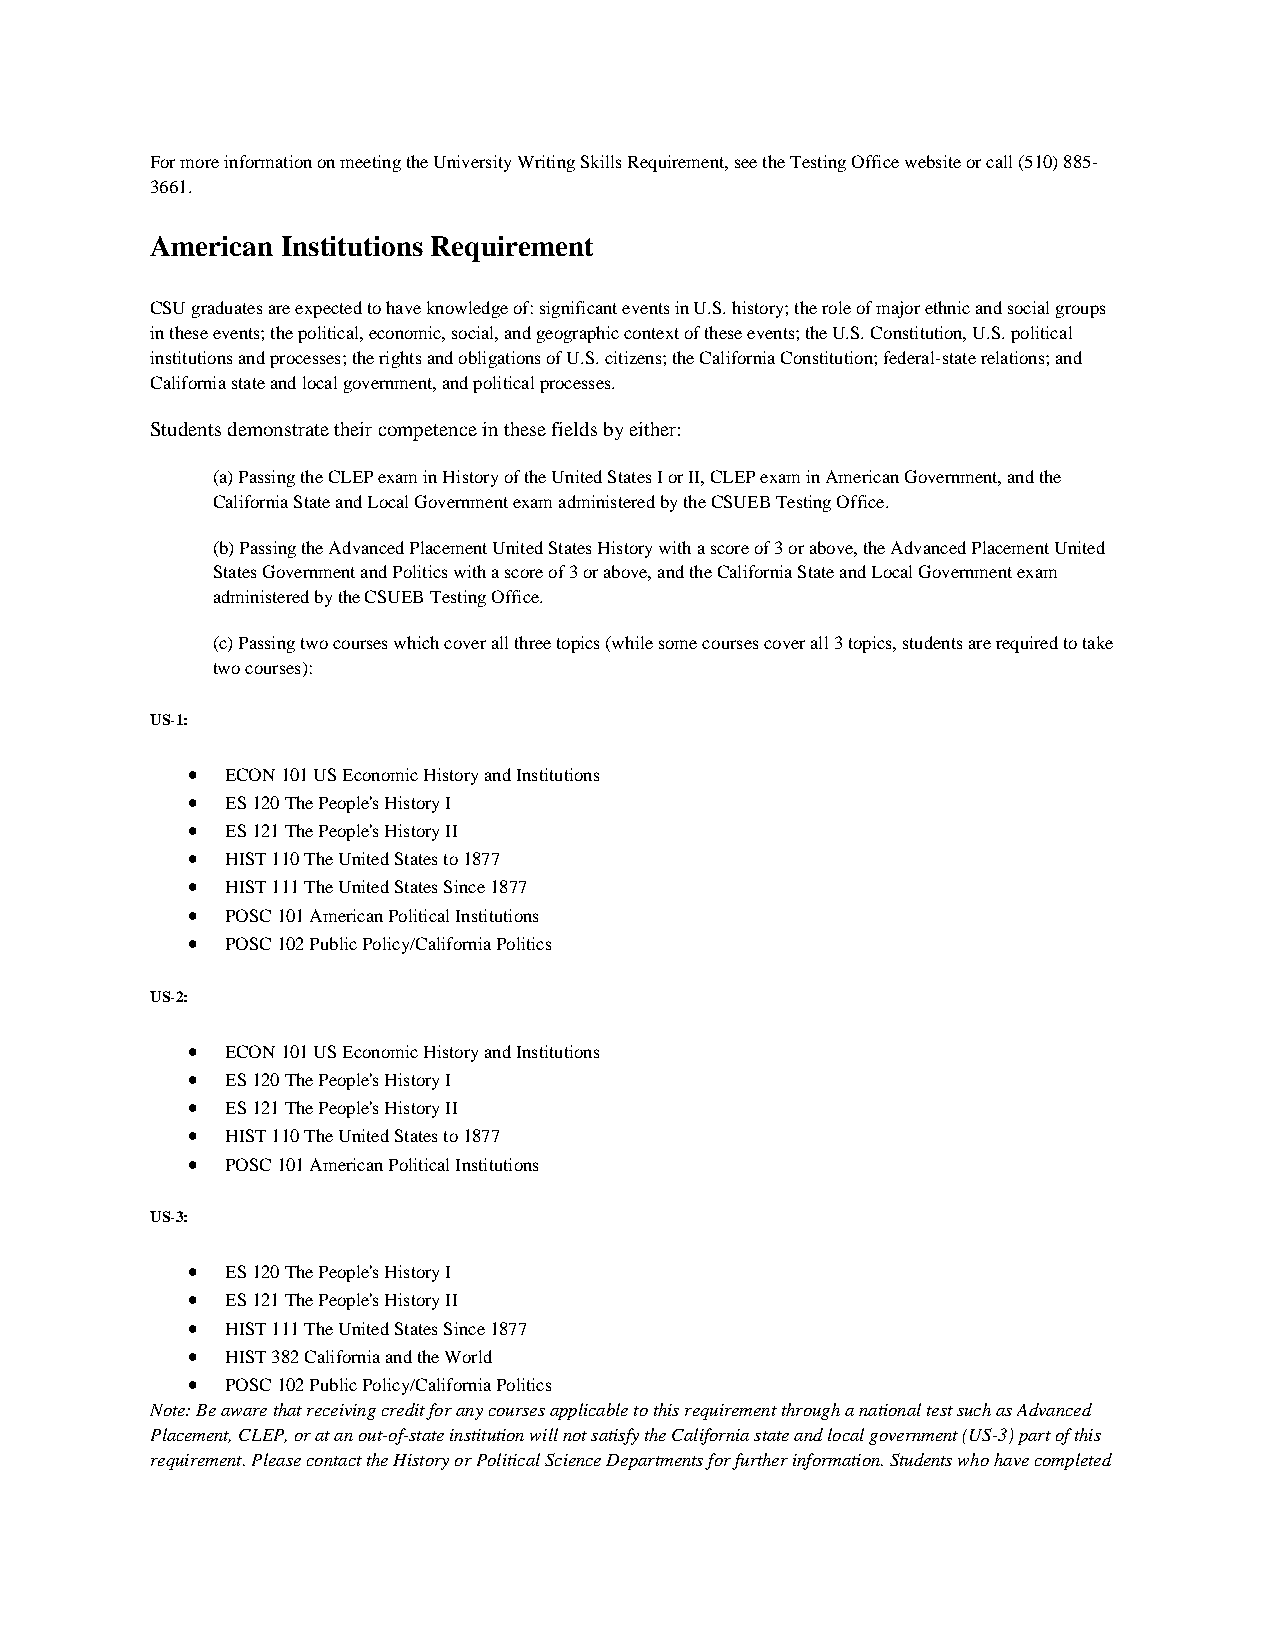
For more information on meeting the University Writing Skills Requirement, see the Testing Office website or call (510) 885-
 3661.
 American Institutions Requirement
 CSU graduates are expected to have knowledge of: significant events in U.S. history; the role of major ethnic and social groups
 in these events; the political, economic, social, and geographic context of these events; the U.S. Constitution, U.S. political
 institutions and processes; the rights and obligations of U.S. citizens; the California Constitution; federal-state relations; and
 California state and local government, and political processes.
 Students demonstrate their competence in these fields by either:
 (a) Passing the CLEP exam in History of the United States I or II, CLEP exam in American Government, and the
 California State and Local Government exam administered by the CSUEB Testing Office.
 (b) Passing the Advanced Placement United States History with a score of 3 or above, the Advanced Placement United
 States Government and Politics with a score of 3 or above, and the California State and Local Government exam
 administered by the CSUEB Testing Office.
 (c) Passing two courses which cover all three topics (while some courses cover all 3 topics, students are required to take
 two courses):
 US-1:
 •  ECON 101 US Economic History and Institutions
 •  ES 120 The People's History I
 •  ES 121 The People's History II
 •  HIST 110 The United States to 1877
 •  HIST 111 The United States Since 1877
 •  POSC 101 American Political Institutions
 •  POSC 102 Public Policy/California Politics
 US-2:
 •  ECON 101 US Economic History and Institutions
 •  ES 120 The People's History I
 •  ES 121 The People's History II
 •  HIST 110 The United States to 1877
 •  POSC 101 American Political Institutions
 US-3:
 •  ES 120 The People's History I
 •  ES 121 The People's History II
 •  HIST 111 The United States Since 1877
 •  HIST 382 California and the World
 •  POSC 102 Public Policy/California Politics
 Note: Be aware that receiving credit for any courses applicable to this requirement through a national test such as Advanced
 Placement, CLEP, or at an out-of-state institution will not satisfy the California state and local government (US-3) part of this
 requirement. Please contact the History or Political Science Departments for further information. Students who have completed